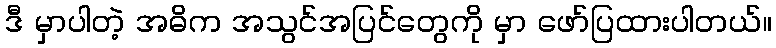
ဒီ မှာပါတဲ့ အဓိက အသွင်အပြင်တွေကို မှာ ဖော်ပြထားပါတယ်။